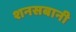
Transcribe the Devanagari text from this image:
शनसबानी